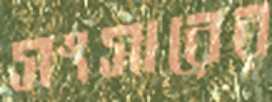
সংসারের